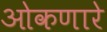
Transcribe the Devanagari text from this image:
ओकणारे